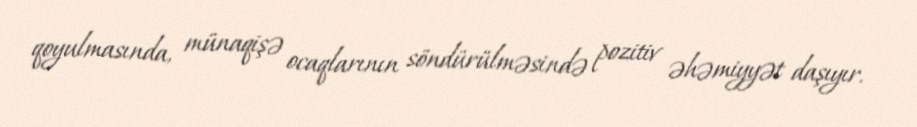
qoyulmasında, münaqişə ocaqlarının söndürülməsində pozitiv əhəmiyyət daşıyır.